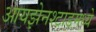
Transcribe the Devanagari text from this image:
आयझेनश्टाडमध्ये